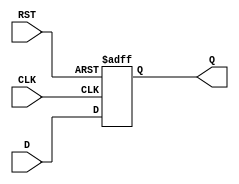
module InputRegister (
    input wire D,       // Data input
    input wire CLK,     // Clock input
    input wire RST,     // Asynchronous reset
    output reg Q        // Output register
);

// Always block for asynchronous reset and clock edge sampling
always @(posedge CLK or posedge RST) begin
    if (RST) begin
        Q <= 1'b0;     // Reset the output to 0
    end else begin
        Q <= D;        // Capture the input data on clock edge
    end
end

endmodule